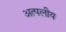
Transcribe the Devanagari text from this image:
अत्पलीय